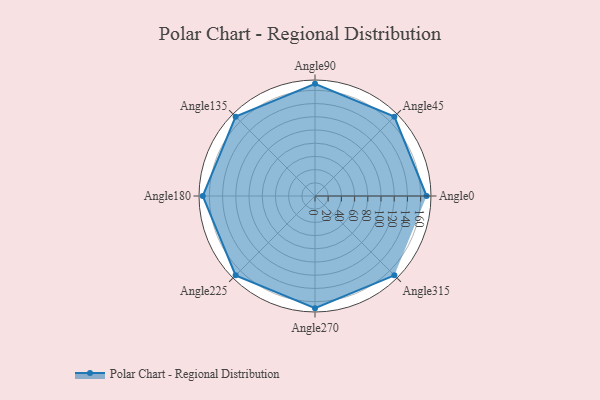
{"axis": {"x": "Angle", "y": "Radius"}, "legend": [""], "data": [{"x": "Angle0", "y": 169.0, "type": ""}, {"x": "Angle45", "y": 170, "type": ""}, {"x": "Angle90", "y": 170, "type": ""}, {"x": "Angle135", "y": 170, "type": ""}, {"x": "Angle180", "y": 170, "type": ""}, {"x": "Angle225", "y": 170, "type": ""}, {"x": "Angle270", "y": 170, "type": ""}, {"x": "Angle315", "y": 170, "type": ""}]}